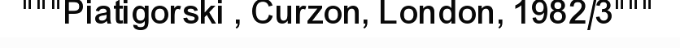
"""Piatigorski , Curzon, London, 1982/3"""